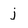
Character: j